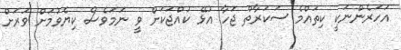
އަހަރެންނަކީ ކިތައްމެ ސަކަރާތް ޖަހާ އުޅޭ ކުއްޖަކަށް ވީ ނަމަވެސް ކިޔެވުމަށް ވަރަށް